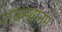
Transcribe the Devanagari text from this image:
राजस्थानमें